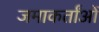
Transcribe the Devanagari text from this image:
जमाकर्तांओं